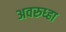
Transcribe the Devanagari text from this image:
अवरुध्हा